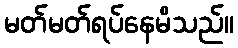
မတ်မတ်ရပ်နေမိသည်။